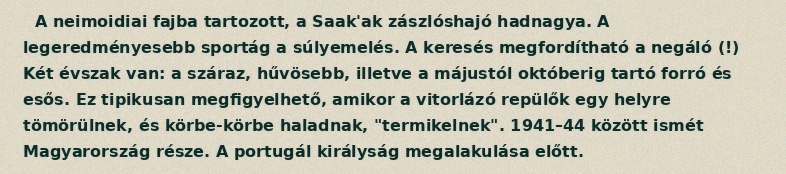
A neimoidiai fajba tartozott, a Saak'ak zászlóshajó hadnagya. A legeredményesebb sportág a súlyemelés. A keresés megfordítható a negáló (!) Két évszak van: a száraz, hűvösebb, illetve a májustól októberig tartó forró és esős. Ez tipikusan megfigyelhető, amikor a vitorlázó repülők egy helyre tömörülnek, és körbe-körbe haladnak, "termikelnek". 1941–44 között ismét Magyarország része. A portugál királyság megalakulása előtt.